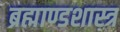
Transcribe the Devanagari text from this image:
ब्रह्माण्डशास्त्र